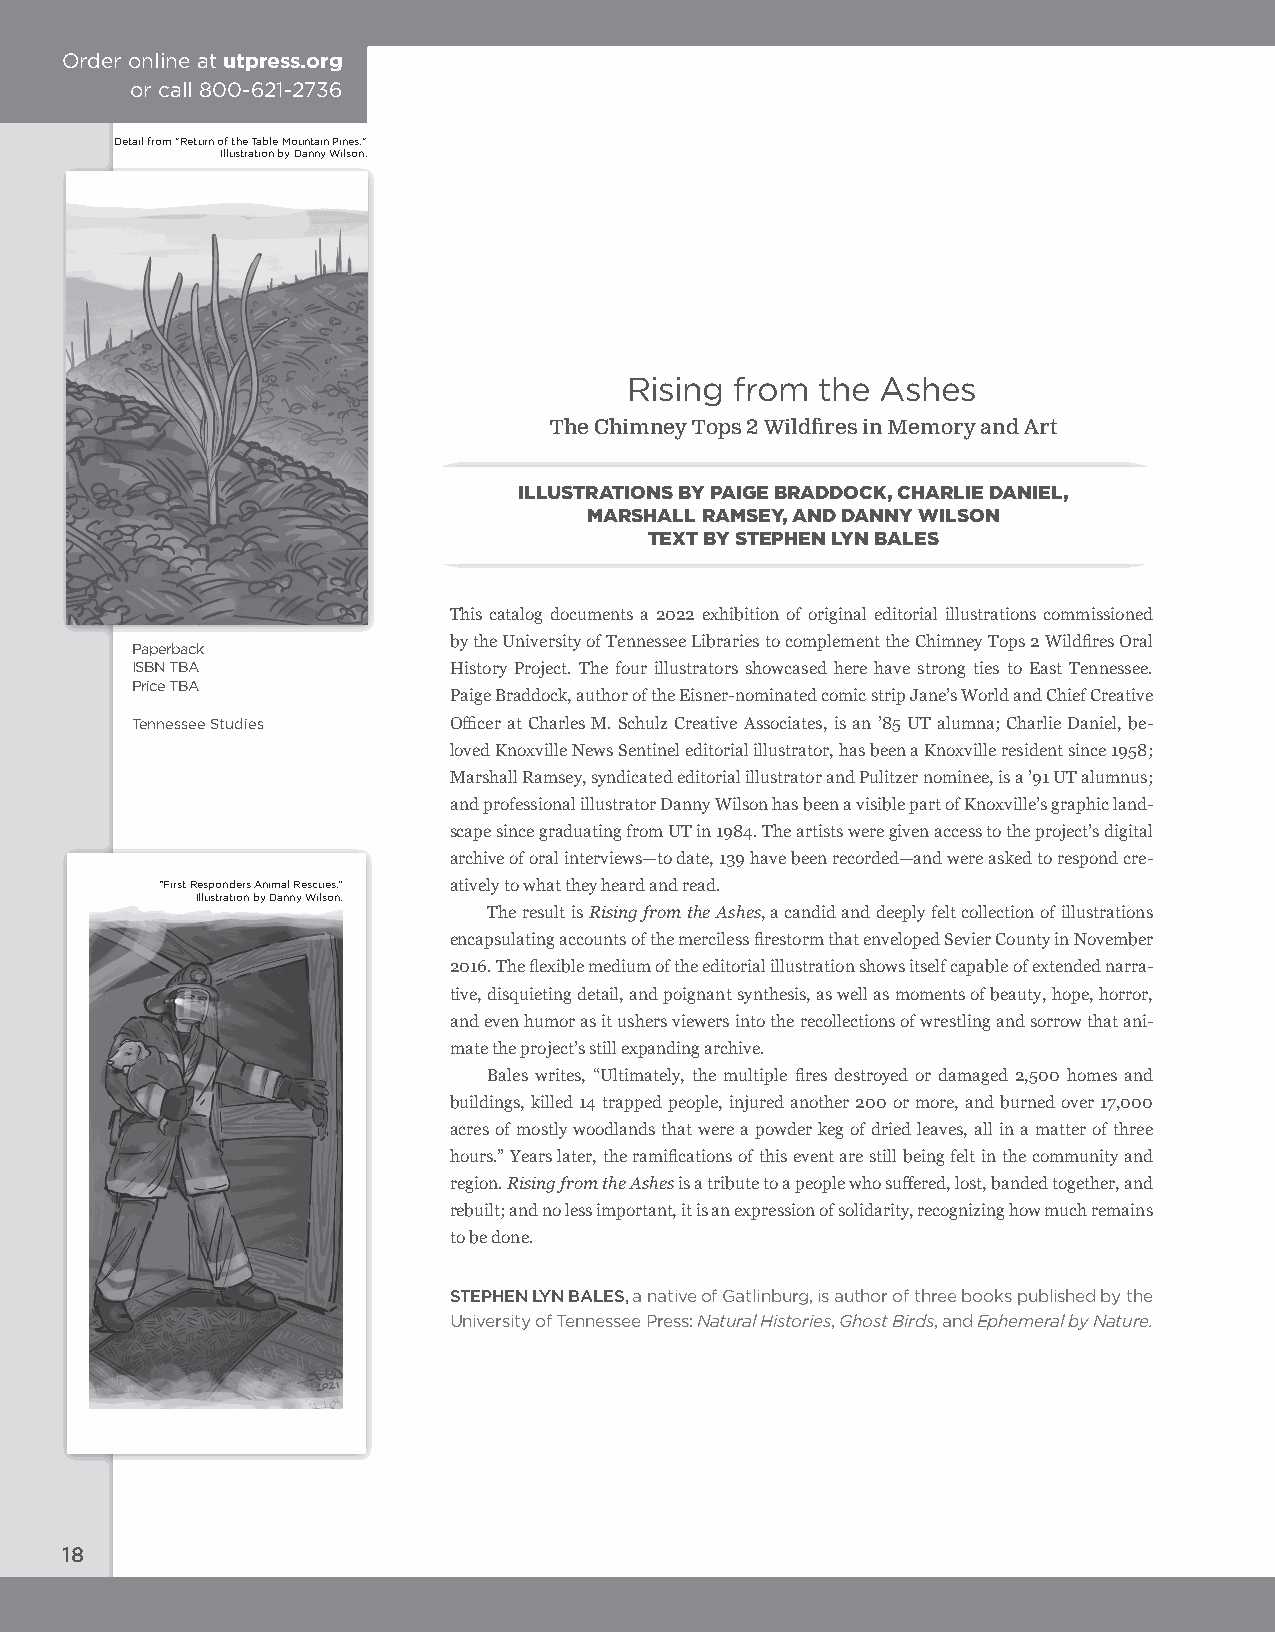
Order online at utpress.org
 or call 800-621-2736
 Detail from "Return of the Table Mountain Pines."
 Illustration by Danny Wilson.
 Rising from the Ashes
 The Chimney Tops 2 Wildfires in Memory and Art
 ILLUSTRATIONS BY PAIGE BRADDOCK, CHARLIE DANIEL,
 MARSHALL RAMSEY, AND DANNY WILSON
 TEXT BY STEPHEN LYN BALES
 This catalog documents a 2022 exhibition of original editorial illustrations commissioned
 by the University of Tennessee Libraries to complement the Chimney Tops 2 Wildfires Oral
 Paperback
 ISBN TBA             History Project. The four illustrators showcased here have strong ties to East Tennessee.
 Price TBA
 Paige Braddock, author of the Eisner-nominated comic strip Jane’s World and Chief Creative
 Tennessee Studies    Officer at Charles M. Schulz Creative Associates, is an ’85 UT alumna; Charlie Daniel, be-
 loved Knoxville News Sentinel editorial illustrator, has been a Knoxville resident since 1958;
 Marshall Ramsey, syndicated editorial illustrator and Pulitzer nominee, is a ’91 UT alumnus;
 and professional illustrator Danny Wilson has been a visible part of Knoxville’s graphic land-
 scape since graduating from UT in 1984. The artists were given access to the project’s digital
 archive of oral interviews—to date, 139 have been recorded—and were asked to respond cre-
 “First Responders Animal Rescues.” atively to what they heard and read.
 Illustration by Danny Wilson.
 The result is Rising from the Ashes, a candid and deeply felt collection of illustrations
 encapsulating accounts of the merciless firestorm that enveloped Sevier County in November
 2016. The flexible medium of the editorial illustration shows itself capable of extended narra-
 tive, disquieting detail, and poignant synthesis, as well as moments of beauty, hope, horror,
 and even humor as it ushers viewers into the recollections of wrestling and sorrow that ani-
 mate the project’s still expanding archive.
 Bales writes, “Ultimately, the multiple fires destroyed or damaged 2,500 homes and
 buildings, killed 14 trapped people, injured another 200 or more, and burned over 17,000
 acres of mostly woodlands that were a powder keg of dried leaves, all in a matter of three
 hours.” Years later, the ramifications of this event are still being felt in the community and
 region. Rising from the Ashes is a tribute to a people who suffered, lost, banded together, and
 rebuilt; and no less important, it is an expression of solidarity, recognizing how much remains
 to be done.
 STEPHEN LYN BALES, a native of Gatlinburg, is author of three books published by the
 University of Tennessee Press: Natural Histories, Ghost Birds, and Ephemeral by Nature.
 18